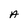
Character: A